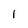
Character: l